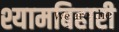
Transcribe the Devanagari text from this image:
श्यामबिहारी